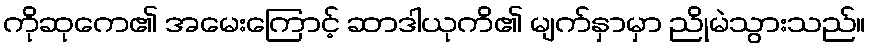
ကိုဆုကေ၏ အမေးကြောင့် ဆာဒါယုကိ၏ မျက်နှာမှာ ညိုမဲသွားသည်။